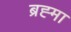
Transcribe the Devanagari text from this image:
ब्रह्‍मा